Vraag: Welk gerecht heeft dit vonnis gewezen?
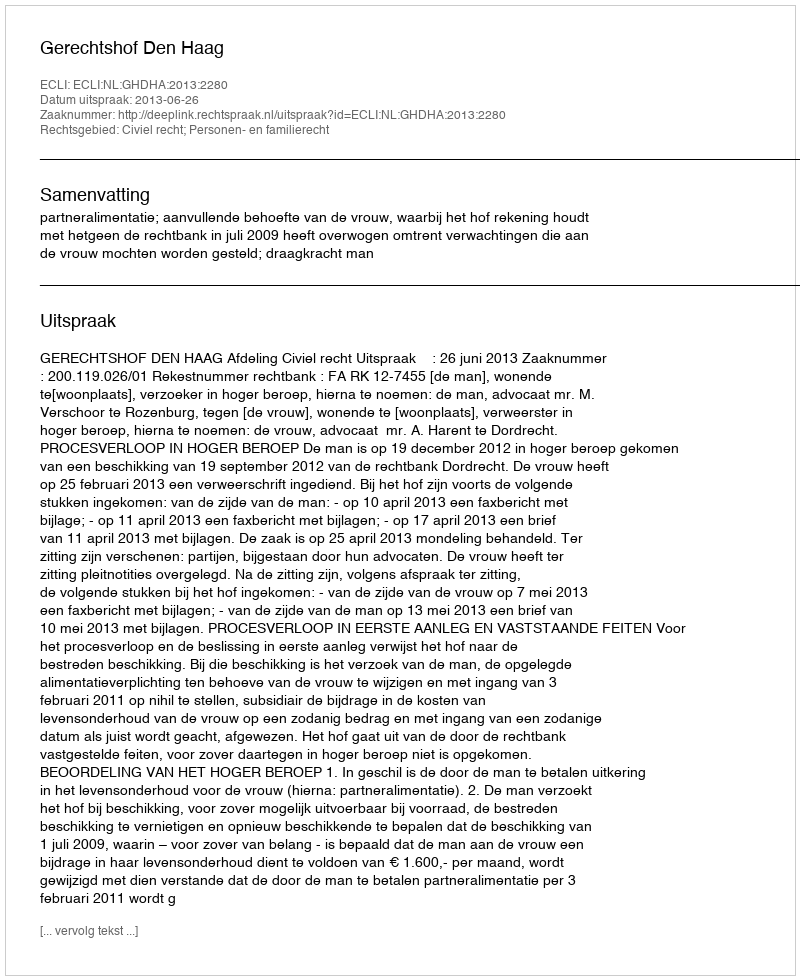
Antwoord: Gerechtshof Den Haag